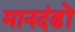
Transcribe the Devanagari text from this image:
मानदंढों